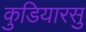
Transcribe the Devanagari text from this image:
कुडियारसु